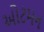
ઓટમન